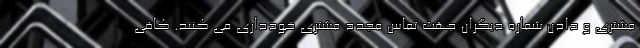
مشتری و دادن شماره دیگران جهت تماس مجدد مشتری خودداری می کنند. کافی